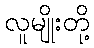
လူမျိုးတို့